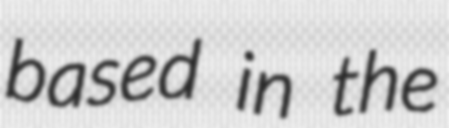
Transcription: based in the